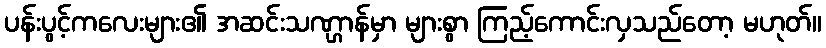
ပန်းပွင့်ကလေးများ၏ အဆင်းသဏ္ဌာန်မှာ များစွာ ကြည့်ကောင်းလှသည်တော့ မဟုတ်။